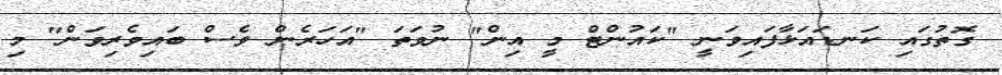
ގޮތުގައި ކަނޑައަޅާފައިވަނީ "ކައުންޓް މީ އިން" ނުވަތަ "އަހަރެން ވެސް ބައިވެރިވަން" މި